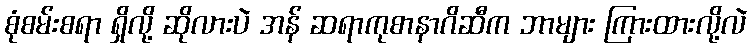
စုံစမ်းစရာ ရှိလို့ ဆိုလားပဲ အန် ဆရာကုစာနာဂိဆီက ဘာများ ကြားထားလို့လဲ